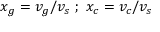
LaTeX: x _ { g } = v _ { g } / v _ { s } \ ; \ x _ { c } = v _ { c } / v _ { s }